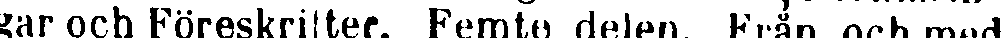
gar och föreskrifter. Femte delen. Från och med